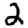
Digit: 2